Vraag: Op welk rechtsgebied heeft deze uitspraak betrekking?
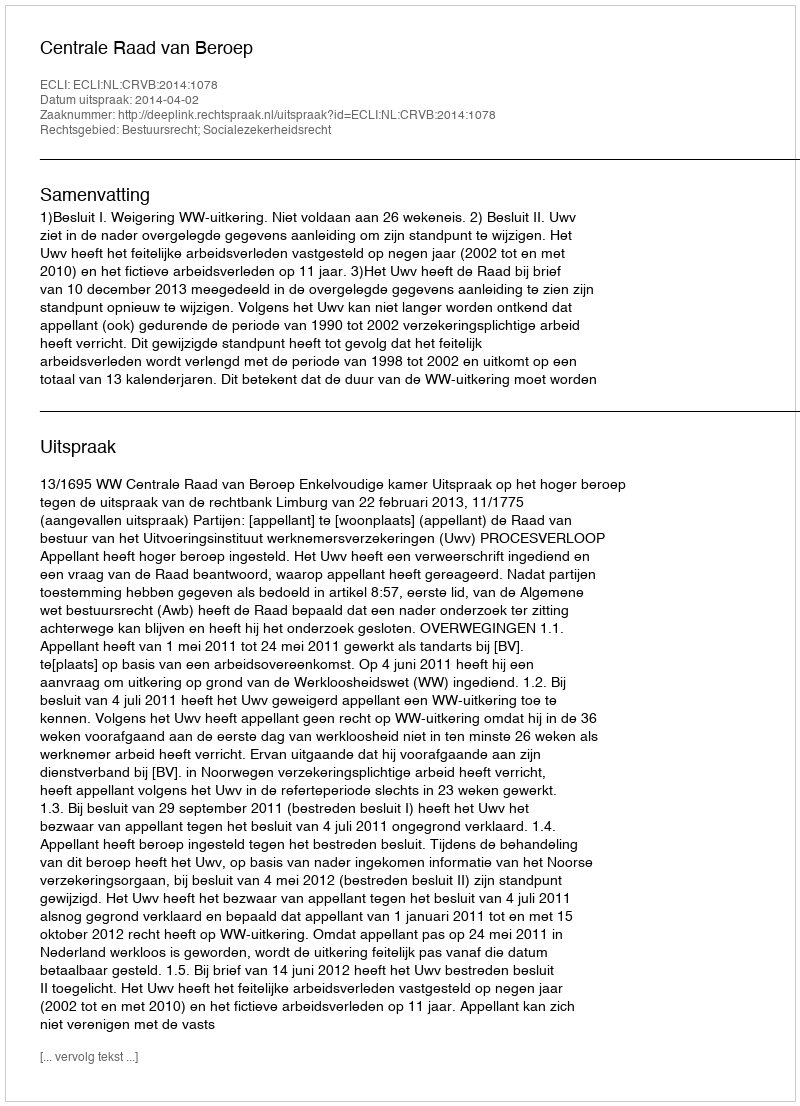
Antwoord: Bestuursrecht; Socialezekerheidsrecht